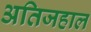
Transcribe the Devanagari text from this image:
अतिजहाल